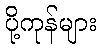
ပို့ကုန်များ